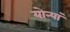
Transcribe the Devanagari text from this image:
योन्यां